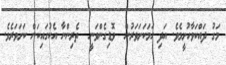
މަގު ދައްކަވާހުށީމެވެ. އަދި ހަމަކަށަވަރުން  ވޮޑިގެންވަނީ  ތެރިންނާ އެކުގައިކަން ކަށަވަރެވެ.